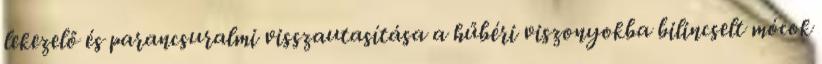
lekezelő és parancsuralmi visszautasítása a hűbéri viszonyokba bilincselt mócok